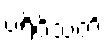
ပရိဝိသတိ